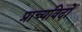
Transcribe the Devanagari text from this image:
प्राच्यविदों